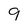
Character: 9